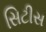
સિટીસ